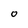
Character: o